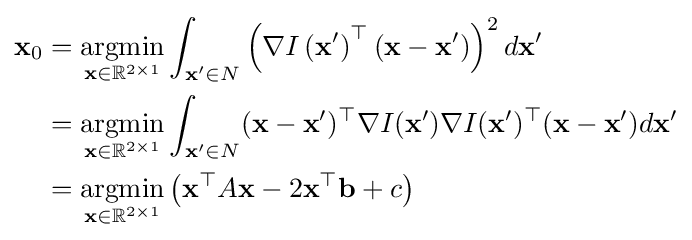
{\begin{aligned}\mathbf {x} _{0}&={\underset {\mathbf {x} \in \mathbb {R} ^{2\times 1}}{\operatorname {argmin} }}\int _{\mathbf {x'} \in N}\left(\nabla I\left(\mathbf {x'} \right)^{\top }\left(\mathbf {x} -\mathbf {x'} \right)\right)^{2}d\mathbf {x'} \\&={\underset {\mathbf {x} \in \mathbb {R} ^{2\times 1}}{\operatorname {argmin} }}\int _{\mathbf {x'} \in N}(\mathbf {x} -\mathbf {x'} )^{\top }\nabla I(\mathbf {x'} )\nabla I(\mathbf {x'} )^{\top }(\mathbf {x} -\mathbf {x'} )d\mathbf {x'} \\&={\underset {\mathbf {x} \in \mathbb {R} ^{2\times 1}}{\operatorname {argmin} }}\left(\mathbf {x} ^{\top }A\mathbf {x} -2\mathbf {x} ^{\top }\mathbf {b} +c\right)\end{aligned}}